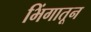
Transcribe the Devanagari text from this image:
भिंगातून